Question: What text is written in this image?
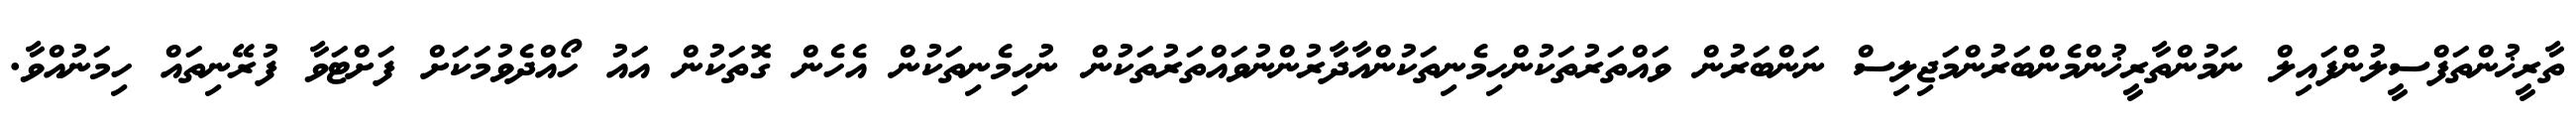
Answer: ތާރީޚުންތަފްސީލުންފައިލް ނަމުންތާރީޚުންމެންބަރުންމަޖިލިސް ނަންބަރުން ވައްތަރުތަކުންހިމެނިތަކުންއާދާރުންނުވައްތަރުތަކުން ނުހިމެނިތަކުން އެހެން ގޮތަކުން އައު ހޯއްދެވުމަކަށް ފަށްޓަވާ ފުރޭނިތައް ހިމަނުއްވާ.